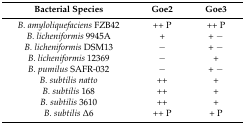
| Bacterial Species | Goe2 | Goe3 |
 | --- | --- | --- |
 | B. amyloliquefaciens FZB42 | ++ P | ++ P |
 | B. licheniformis 9945A | + | + − |
 | B. licheniformis DSM13 | − | + − |
 | B. licheniformis 12369 | − | + |
 | B. pumilus SAFR-032 | − | + − |
 | B. subtilis natto | ++ | + |
 | B. subtilis 168 | ++ | + |
 | B. subtilis 3610 | ++ | + |
 | B. subtilis Δ6 | ++ P | + P |